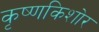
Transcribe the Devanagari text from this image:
कृष्णकिशोर